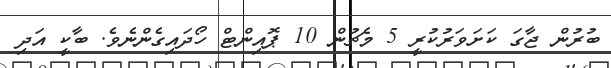
ބުރުން ޖާގަ ކަށަވަރުކުރީ 5 މެޗުން 10 ޕޮއިންޓް ހޯދައިގެންނެވެ. ބާކީ އަދި